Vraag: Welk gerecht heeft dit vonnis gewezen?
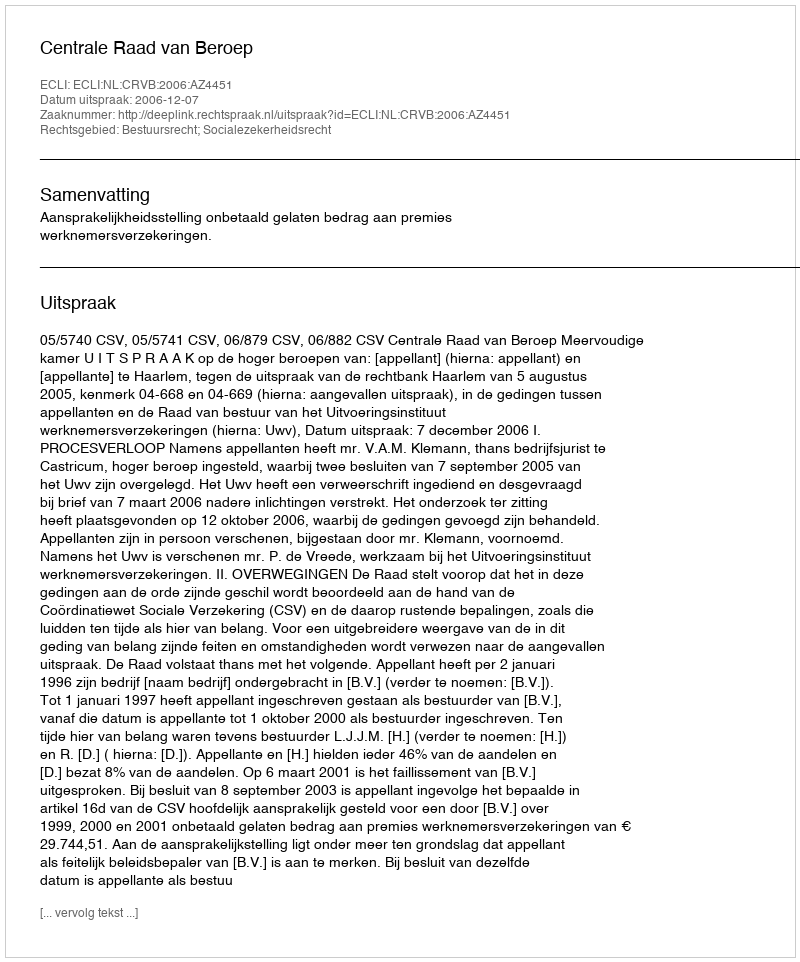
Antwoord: Centrale Raad van Beroep